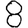
Digit: 8